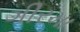
ગીરમા